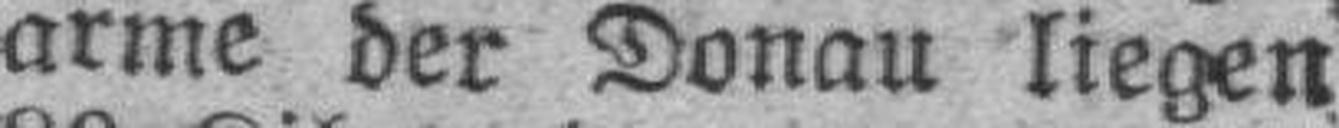
arme der Donau liegen